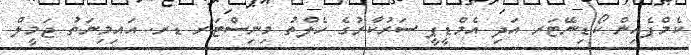
ކެމްޕެއިން ކޯޑިނޭޓަރ އަދި އެމްޑީޕީ ސަރުކާރުގެ ހެލްތު މިނިސްޓަރ ޑރ. އައިމިނަތު ޖަމީލް